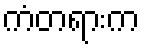
ကံတရားက